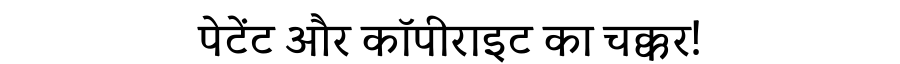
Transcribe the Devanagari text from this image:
पेटेंट और कॉपीराइट का चक्कर!